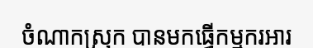
ចំណាកស្រុក បានមកធ្វើកម្មករអារ